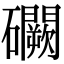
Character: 𥗮